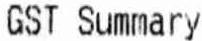
GST SUMMARY